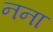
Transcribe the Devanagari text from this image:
नना